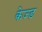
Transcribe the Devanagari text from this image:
केज्ड